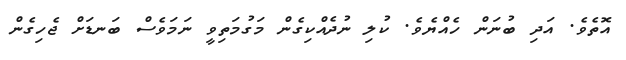
އޮތެވެ. އަދި ބުނަން ހެއްޔެވެ. ކުލި ނުދެއްކިގެން މަގުމަތިވީ ނަމަވެސް ބަނޑަށް ޖެހިގެން